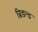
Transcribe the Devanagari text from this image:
ब्रिडल्ड